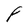
Character: F